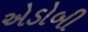
એડોબી